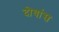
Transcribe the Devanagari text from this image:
दोघांस